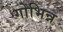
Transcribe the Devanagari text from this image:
गोभिन्न